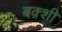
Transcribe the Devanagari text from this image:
बक़्शी